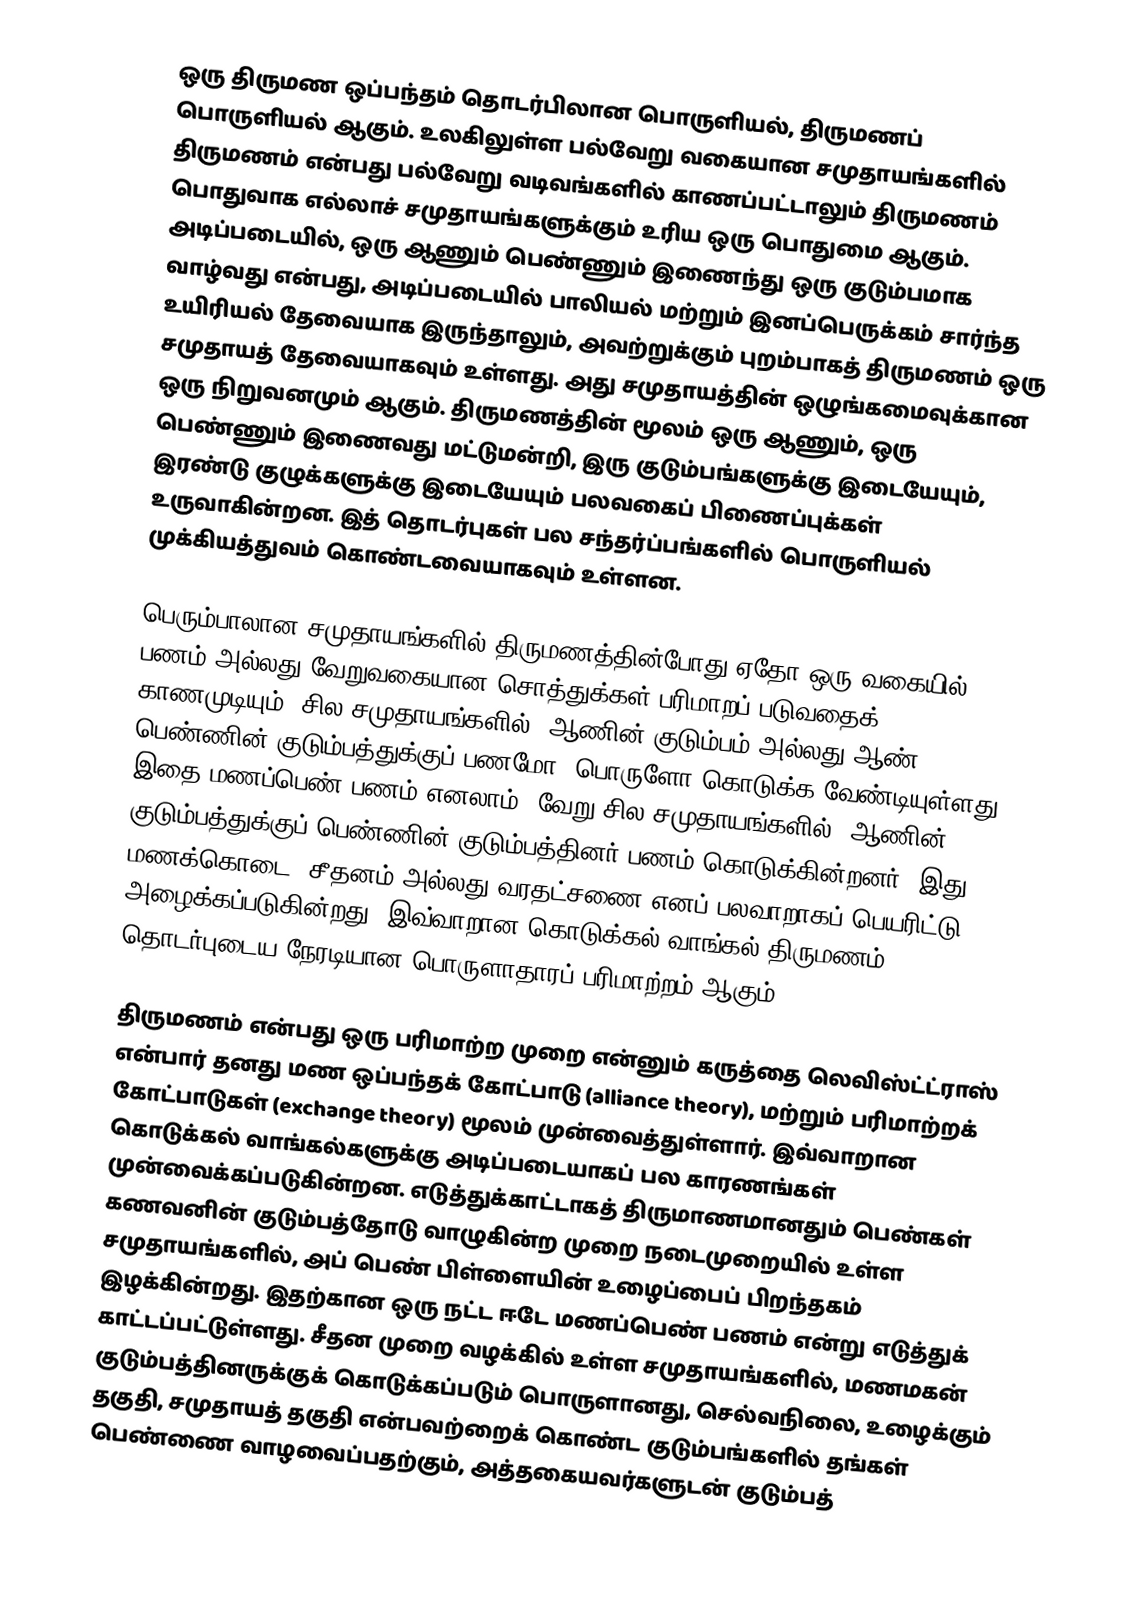
ஒரு திருமண ஒப்பந்தம் தொடர்பிலான பொருளியல், திருமணப் பொருளியல் ஆகும். உலகிலுள்ள பல்வேறு வகையான சமுதாயங்களில் திருமணம் என்பது பல்வேறு வடிவங்களில் காணப்பட்டாலும் திருமணம் பொதுவாக எல்லாச் சமுதாயங்களுக்கும் உரிய ஒரு பொதுமை ஆகும். அடிப்படையில், ஒரு ஆணும் பெண்ணும் இணைந்து ஒரு குடும்பமாக வாழ்வது என்பது, அடிப்படையில் பாலியல் மற்றும் இனப்பெருக்கம் சார்ந்த உயிரியல் தேவையாக இருந்தாலும், அவற்றுக்கும் புறம்பாகத் திருமணம் ஒரு சமுதாயத் தேவையாகவும் உள்ளது. அது சமுதாயத்தின் ஒழுங்கமைவுக்கான ஒரு நிறுவனமும் ஆகும். திருமணத்தின் மூலம் ஒரு ஆணும், ஒரு பெண்ணும் இணைவது மட்டுமன்றி, இரு குடும்பங்களுக்கு இடையேயும், இரண்டு குழுக்களுக்கு இடையேயும் பலவகைப் பிணைப்புக்கள் உருவாகின்றன. இத் தொடர்புகள் பல சந்தர்ப்பங்களில் பொருளியல் முக்கியத்துவம் கொண்டவையாகவும் உள்ளன.

பெரும்பாலான சமுதாயங்களில் திருமணத்தின்போது ஏதோ ஒரு வகையில் பணம் அல்லது வேறுவகையான சொத்துக்கள் பரிமாறப் படுவதைக் காணமுடியும். சில சமுதாயங்களில், ஆணின் குடும்பம் அல்லது ஆண், பெண்ணின் குடும்பத்துக்குப் பணமோ, பொருளோ கொடுக்க வேண்டியுள்ளது. இதை மணப்பெண் பணம் எனலாம். வேறு சில சமுதாயங்களில், ஆணின் குடும்பத்துக்குப் பெண்ணின் குடும்பத்தினர் பணம் கொடுக்கின்றனர். இது மணக்கொடை, சீதனம் அல்லது வரதட்சணை எனப் பலவாறாகப் பெயரிட்டு அழைக்கப்படுகின்றது. இவ்வாறான கொடுக்கல் வாங்கல் திருமணம் தொடர்புடைய நேரடியான பொருளாதாரப் பரிமாற்றம் ஆகும்.

திருமணம் என்பது ஒரு பரிமாற்ற முறை என்னும் கருத்தை லெவிஸ்ட்ட்ராஸ் என்பார் தனது மண ஒப்பந்தக் கோட்பாடு (alliance theory), மற்றும் பரிமாற்றக் கோட்பாடுகள் (exchange theory) மூலம் முன்வைத்துள்ளார். இவ்வாறான கொடுக்கல் வாங்கல்களுக்கு அடிப்படையாகப் பல காரணங்கள் முன்வைக்கப்படுகின்றன. எடுத்துக்காட்டாகத் திருமாணமானதும் பெண்கள் கணவனின் குடும்பத்தோடு வாழுகின்ற முறை நடைமுறையில் உள்ள சமுதாயங்களில், அப் பெண் பிள்ளையின் உழைப்பைப் பிறந்தகம் இழக்கின்றது. இதற்கான ஒரு நட்ட ஈடே மணப்பெண் பணம் என்று எடுத்துக் காட்டப்பட்டுள்ளது. சீதன முறை வழக்கில் உள்ள சமுதாயங்களில், மணமகன் குடும்பத்தினருக்குக் கொடுக்கப்படும் பொருளானது, செல்வநிலை, உழைக்கும் தகுதி, சமுதாயத் தகுதி என்பவற்றைக் கொண்ட குடும்பங்களில் தங்கள் பெண்ணை வாழவைப்பதற்கும், அத்தகையவர்களுடன் குடும்பத்